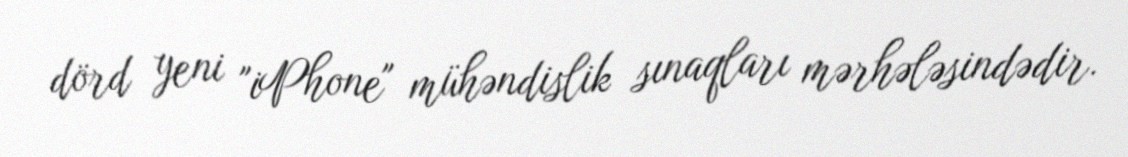
dörd yeni "iPhone" mühəndislik sınaqları mərhələsindədir.